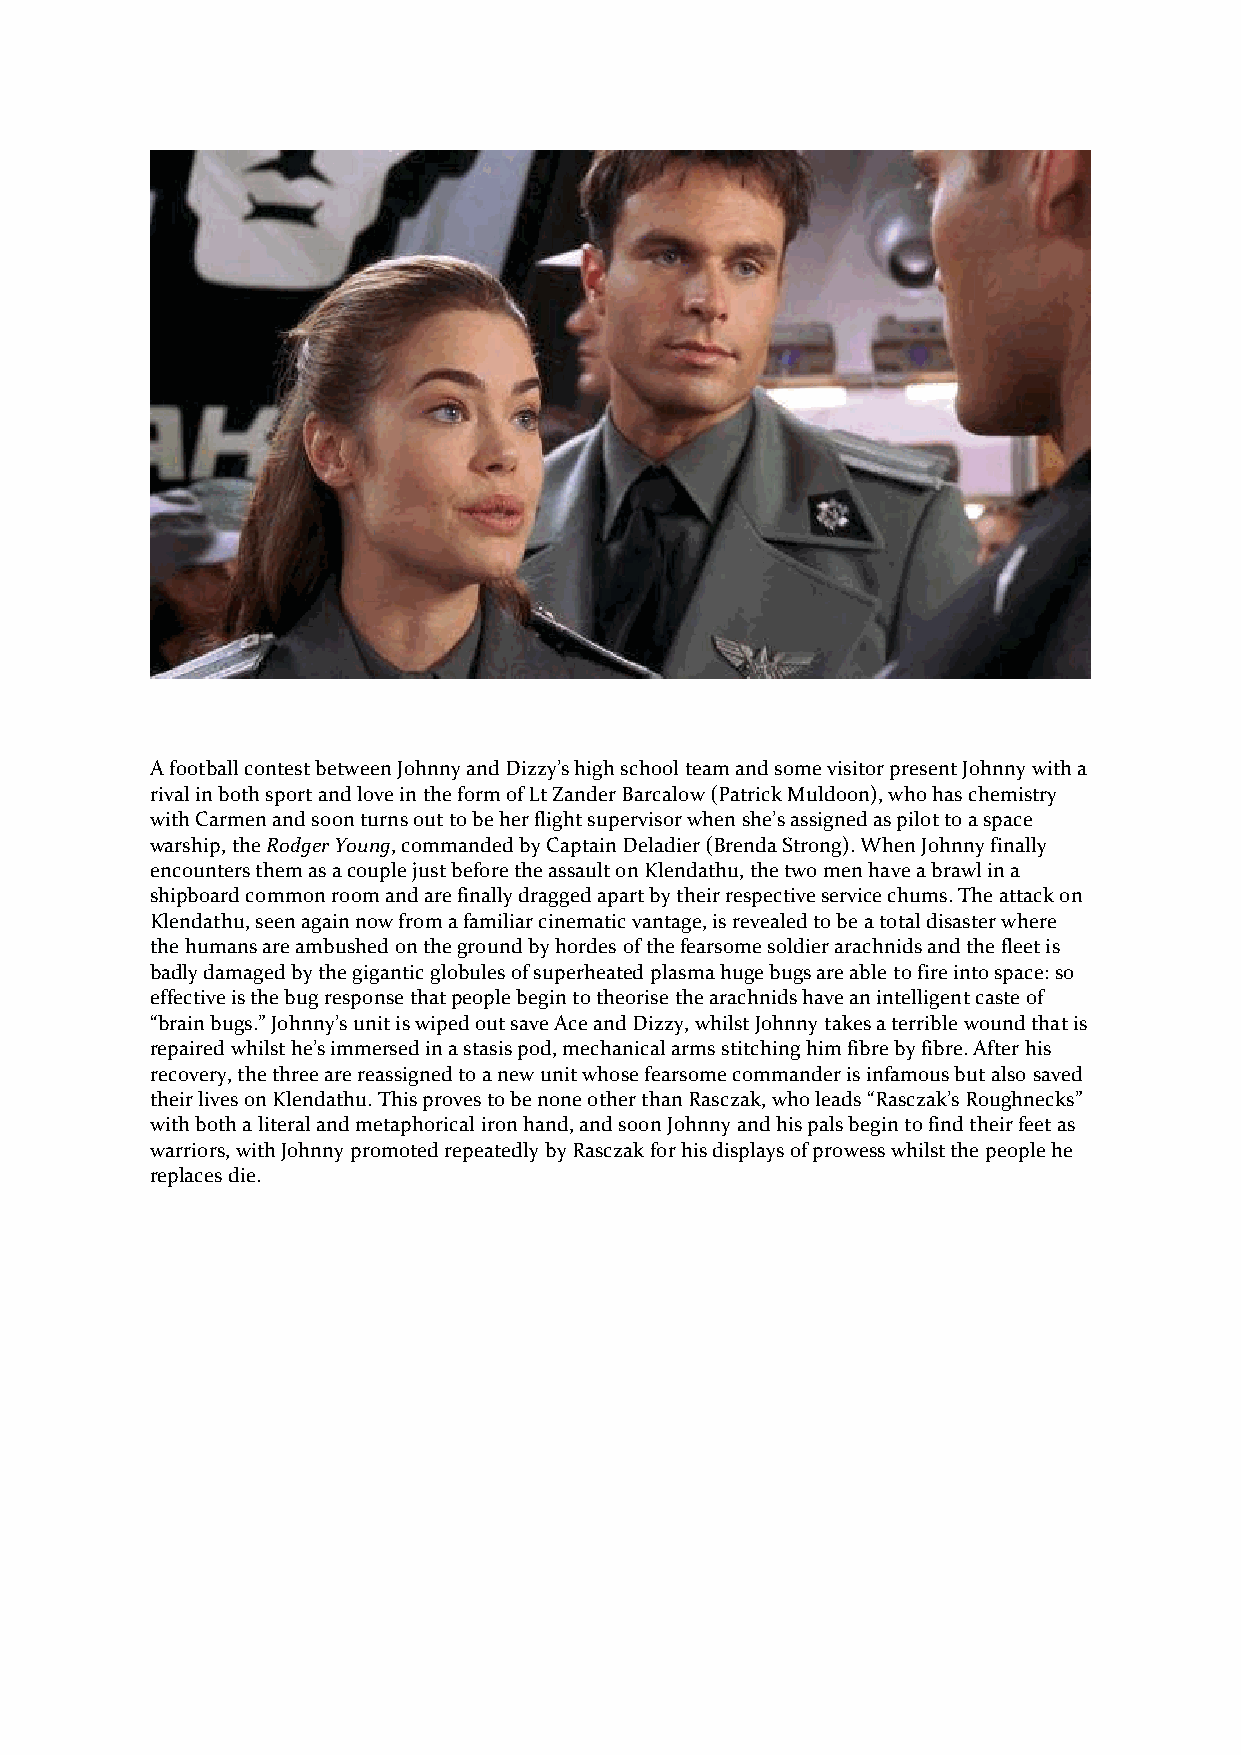
A football contest between Johnny and Dizzy’s high school team and some visitor present Johnny with a
 rival in both sport and love in the form of Lt Zander Barcalow (Patrick Muldoon), who has chemistry
 with Carmen and soon turns out to be her flight supervisor when she’s assigned as pilot to a space
 warship, the Rodger Young, commanded by Captain Deladier (Brenda Strong). When Johnny finally
 encounters them as a couple just before the assault on Klendathu, the two men have a brawl in a
 shipboard common room and are finally dragged apart by their respective service chums. The attack on
 Klendathu, seen again now from a familiar cinematic vantage, is revealed to be a total disaster where
 the humans are ambushed on the ground by hordes of the fearsome soldier arachnids and the fleet is
 badly damaged by the gigantic globules of superheated plasma huge bugs are able to fire into space: so
 effective is the bug response that people begin to theorise the arachnids have an intelligent caste of
 “brain bugs.” Johnny’s unit is wiped out save Ace and Dizzy, whilst Johnny takes a terrible wound that is
 repaired whilst he’s immersed in a stasis pod, mechanical arms stitching him fibre by fibre. After his
 recovery, the three are reassigned to a new unit whose fearsome commander is infamous but also saved
 their lives on Klendathu. This proves to be none other than Rasczak, who leads “Rasczak’s Roughnecks”
 with both a literal and metaphorical iron hand, and soon Johnny and his pals begin to find their feet as
 warriors, with Johnny promoted repeatedly by Rasczak for his displays of prowess whilst the people he
 replaces die.